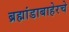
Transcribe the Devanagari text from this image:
ब्रह्मांडाबाहेरचे